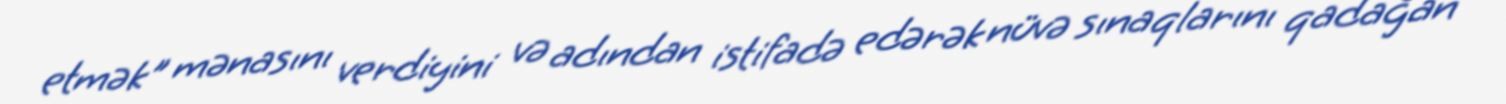
etmək" mənasını verdiyini və adından istifadə edərək nüvə sınaqlarını qadağan